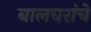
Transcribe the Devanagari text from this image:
बालघरांचे